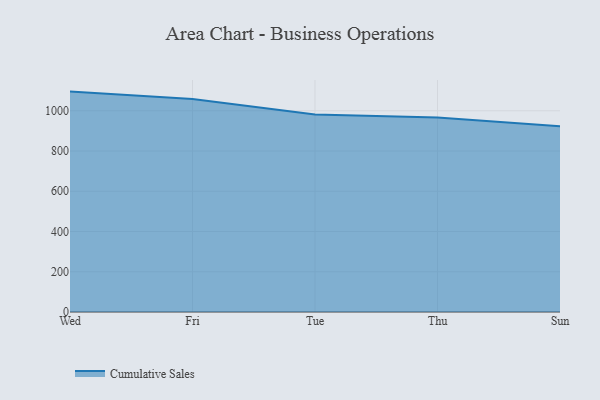
{"axis": {"x": "Day", "y": "Production Output"}, "legend": ["Cumulative Sales"], "data": [{"x": "Wed", "y": 1095.4, "type": "Cumulative Sales"}, {"x": "Fri", "y": 1058.3, "type": "Cumulative Sales"}, {"x": "Tue", "y": 981.3, "type": "Cumulative Sales"}, {"x": "Thu", "y": 967.1, "type": "Cumulative Sales"}, {"x": "Sun", "y": 922.9, "type": "Cumulative Sales"}]}